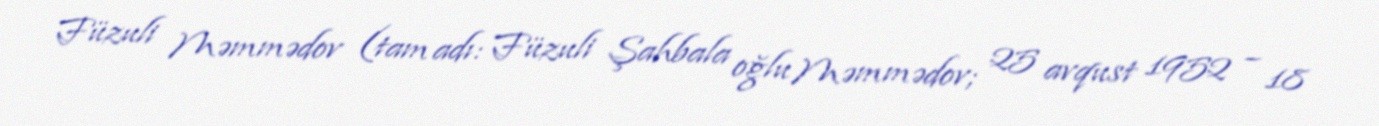
Füzuli Məmmədov (tam adı: Füzuli Şahbala oğlu Məmmədov; 25 avqust 1952 – 18